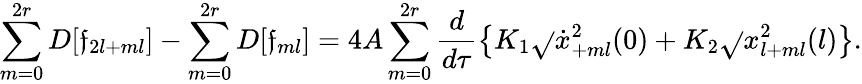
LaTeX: \sum_{m=0}^{2r}D[\mathfrak{f}_{2l+ml}]-\sum_{m=0}^{2r}D[\mathfrak{f}_{ml}]=4A\sum_{m=0}^{2r}\frac{{d}}{{d\tau}}\left\{ K_{1}\sqrt{}{{\dot{{x}}_{+ml}^{2}(0)}}+K_{2}\sqrt{}{{x_{l+ml}^{2}(l)}}\right\} .